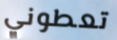
تعطوني